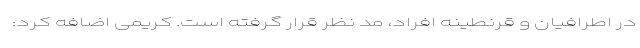
در اطرافیان و قرنطینه افراد، مد نظر قرار گرفته است. کریمی اضافه کرد: